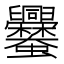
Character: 𧖥